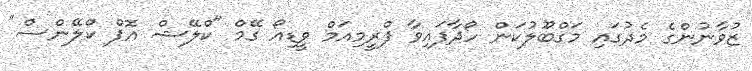
ޒުވާނުންގެ މެދުގައި މަގްބޫލުކަން ހޯދާފައިވާ ފްރީމިއަމް ވީޑިއޯ ގޭމް "ކްލޭޝް އޮފް ކްލޭންސް"